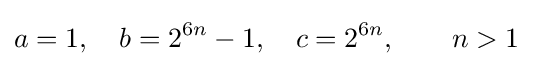
a=1,\quad b=2^{6n}-1,\quad c=2^{6n},\qquad n>1